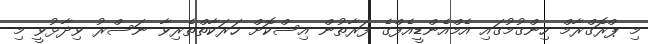
މި ޕްރޮގްރާމް ހިންގުމުގައި އެމްއެންޑީއެފްގެ ފަރާތުން އިސްކޮށް ހަރަކާތްތެރިވާ ނަސްރު ވިދާޅުވީ މި